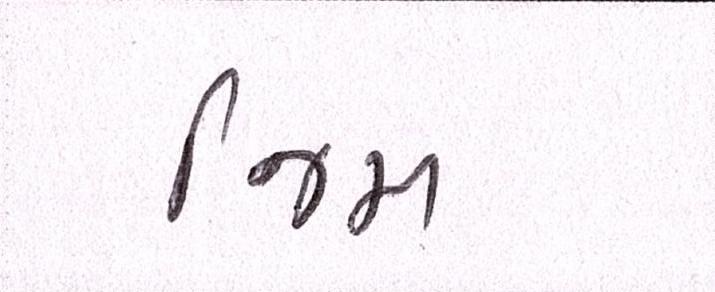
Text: જિમ